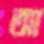
আ